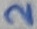
Text: 2